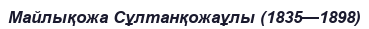
Майлықожа Сұлтанқожаұлы (1835—1898)